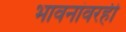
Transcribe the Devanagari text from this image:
भावनांवरही